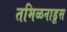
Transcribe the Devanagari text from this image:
तमिळनाडूस